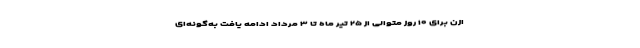
ازن برای ۱۰ روز متوالی از ۲۵ تیر ماه تا ۳ مرداد ادامه یافت به‌گونه‌ای